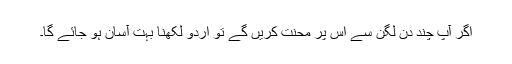
اگر آپ چند دن لگن سے اس پر محنت کریں گے تو اردو لکھنا بہت آسان ہو جائے گا۔